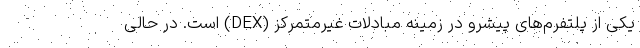
یکی از پلتفرم‌های پیشرو در زمینه مبادلات غیرمتمرکز (DEX) است. در حالی